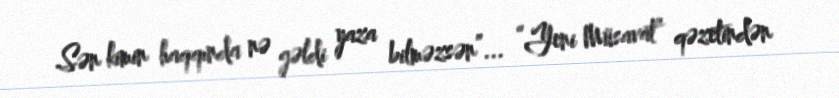
Sən kimin haqqında nə gəldi yaza bilməzsən”... “Yeni Müsavat” qəzetindən